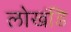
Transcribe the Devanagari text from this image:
लोखंडि